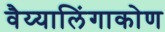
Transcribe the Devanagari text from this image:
वैय्यालिंगाकोण